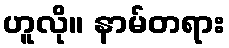
ဟူလို။ နာမ်တရား